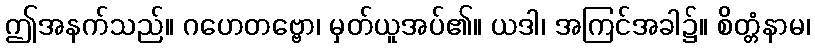
ဤအနက်သည်။ ဂဟေတဗ္ဗော၊ မှတ်ယူအပ်၏။ ယဒါ၊ အကြင်အခါ၌။ စိတ္တံနာမ၊